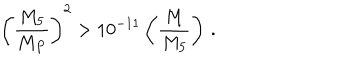
\left( \frac { M _ { 5 } } { M _ { P } } \right) ^ { 2 } > 1 0 ^ { - 1 1 } \left( \frac { M } { M _ { 5 } } \right) \, .